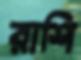
রাশি